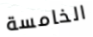
الخامسة